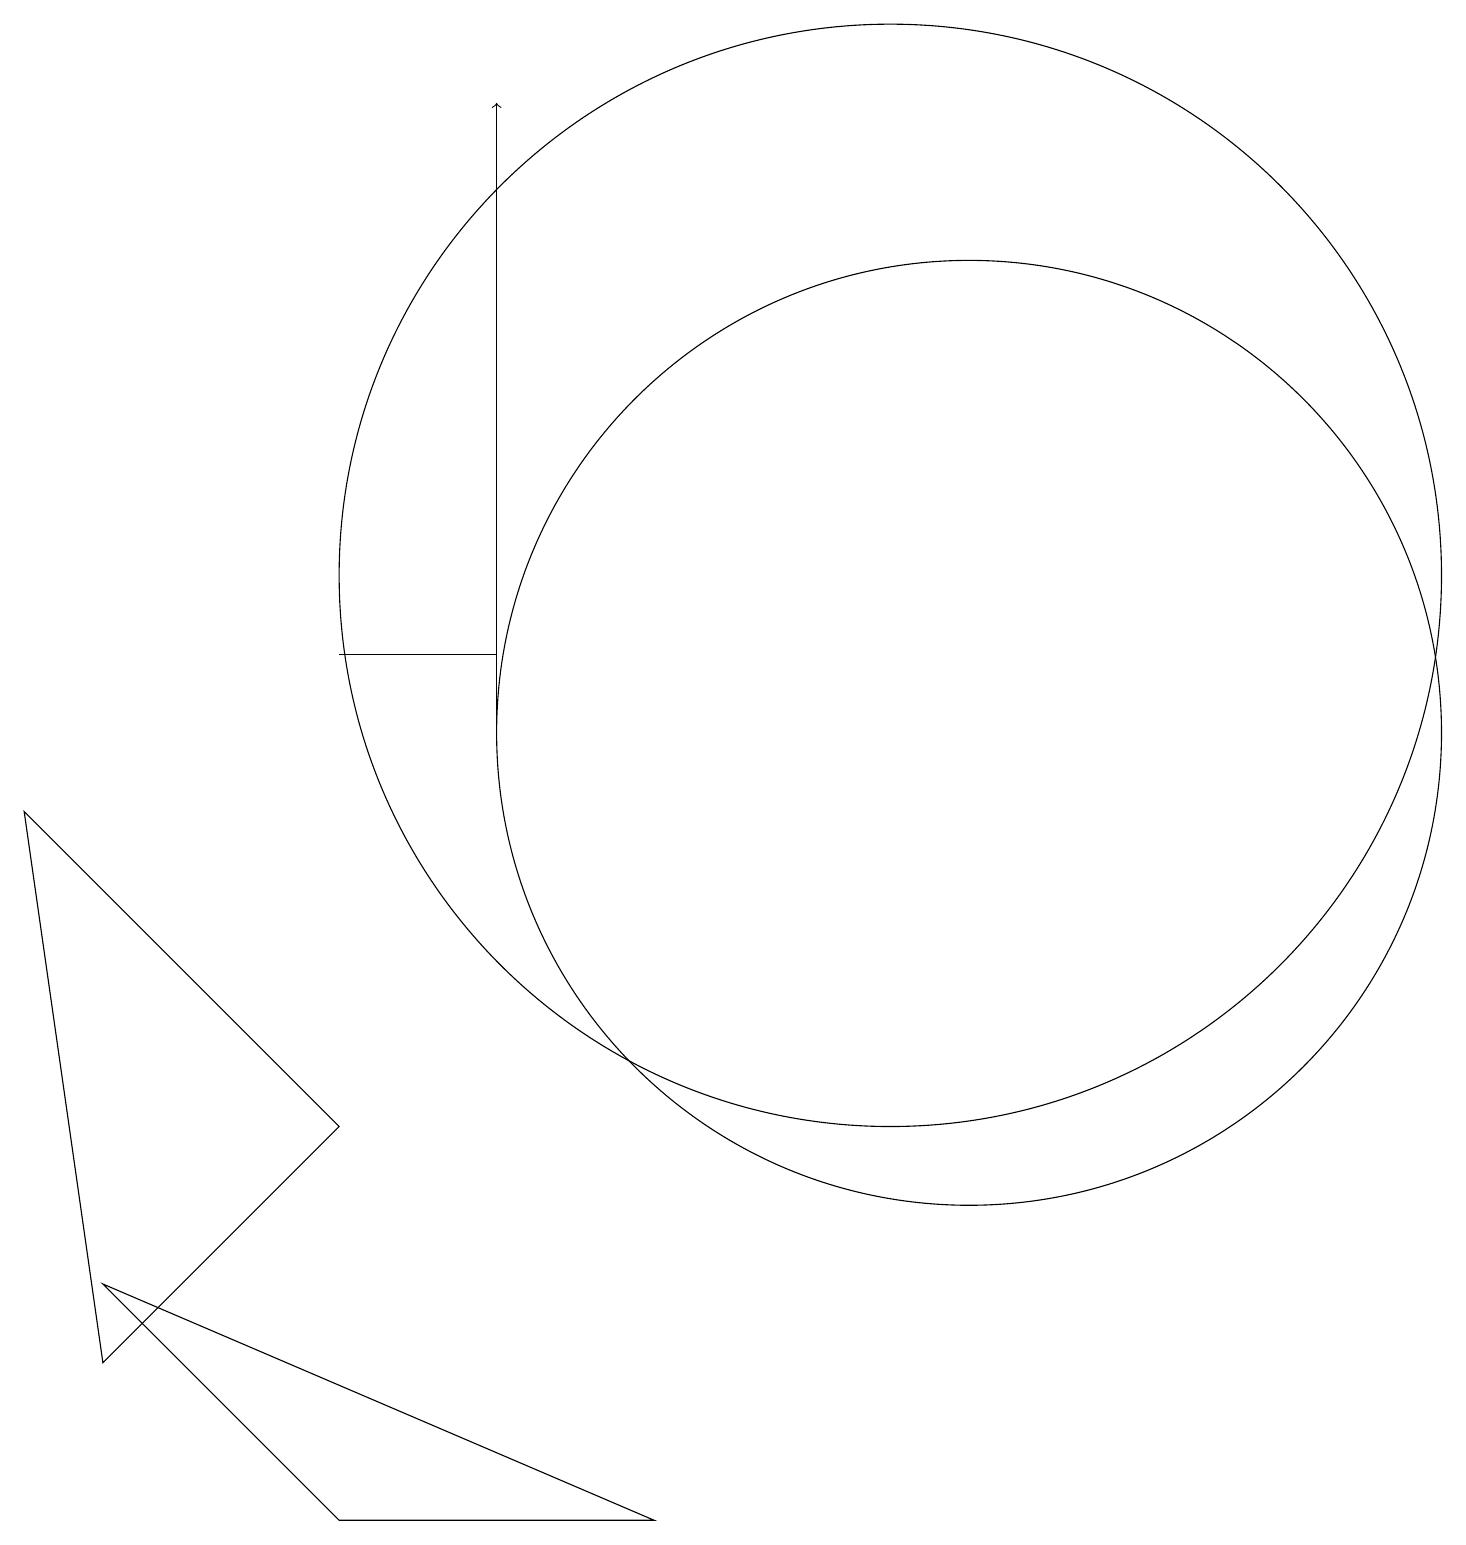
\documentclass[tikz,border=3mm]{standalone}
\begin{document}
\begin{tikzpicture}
\draw (6,11) rectangle (4,11);
\draw[->] (6,10) -- (6,18);
\draw (12,10) circle (6);
\draw (11,12) circle (7);
\draw (4,5) -- (1,2) -- (0,9) -- cycle;
\draw (8,0) -- (1,3) -- (4,0) -- cycle;
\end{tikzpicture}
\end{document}